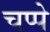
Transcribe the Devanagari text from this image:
चप्पे